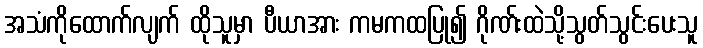
အသံကိုထောက်လျက် ထိုသူမှာ ပီယာအား ကမကထပြု၍ ဂိုဏ်းထဲသို့သွတ်သွင်းပေးသူ